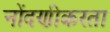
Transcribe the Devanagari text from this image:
नोंदणीकरता